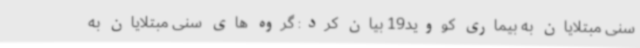
سنی مبتلایان به بیماری کووید19 بیان کرد: گروه های سنی مبتلایان به